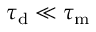
\tau _ { \mathrm { d } } \ll \tau _ { \mathrm { m } }